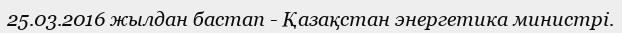
25.03.2016 жылдан бастап - Қазақстан энергетика министрі.